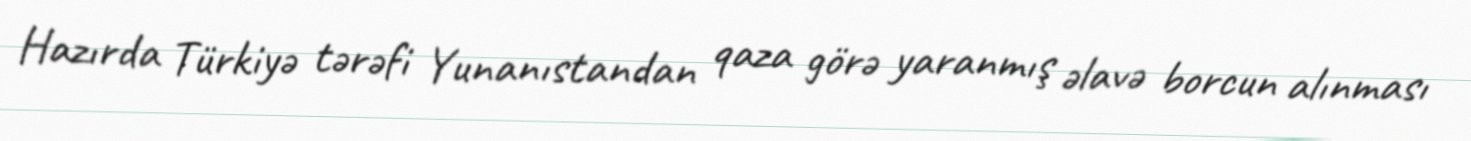
Hazırda Türkiyə tərəfi Yunanıstandan qaza görə yaranmış əlavə borcun alınması